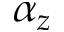
\alpha _ { z }